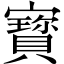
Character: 寳